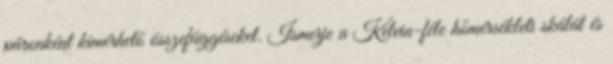
páronként kimérhető összefüggéseket. Ismerje a Kelvin-féle hőmérsékleti skálát és